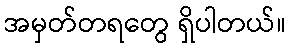
အမှတ်တရတွေ ရှိပါတယ်။